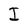
Character: I